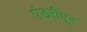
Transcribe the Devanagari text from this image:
पंडरीपूर